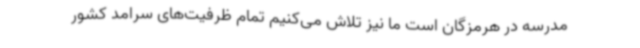
مدرسه در هرمزگان است ما نیز تلاش می‌کنیم تمام ظرفیت‌های سرامد کشور